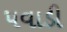
પવાડી